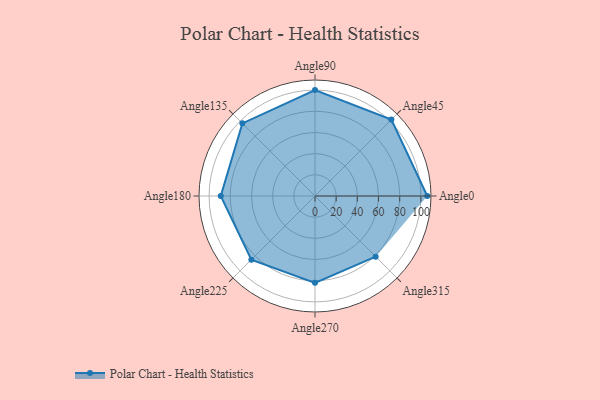
{"axis": {"x": "Angle", "y": "Radius"}, "legend": [""], "data": [{"x": "Angle0", "y": 106.0, "type": ""}, {"x": "Angle45", "y": 102.0, "type": ""}, {"x": "Angle90", "y": 100.0, "type": ""}, {"x": "Angle135", "y": 97.0, "type": ""}, {"x": "Angle180", "y": 89.0, "type": ""}, {"x": "Angle225", "y": 85.0, "type": ""}, {"x": "Angle270", "y": 82.0, "type": ""}, {"x": "Angle315", "y": 81.0, "type": ""}]}